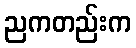
ညကတည်းက